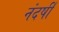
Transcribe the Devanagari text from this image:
नंदर्षी